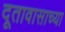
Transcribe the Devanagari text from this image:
दूतावासाच्या